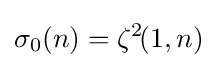
\sigma _{0}(n)=\zeta ^{2}\!(1,n)